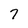
Character: 7